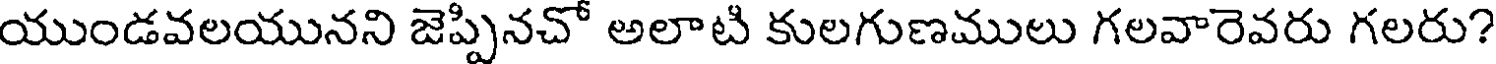
యుండవలయునని జెప్పినచో అలాటి కులగుణములు గలవారెవరు గలరు?